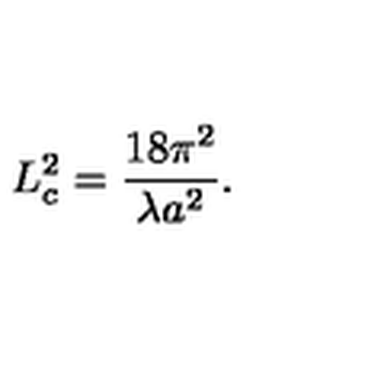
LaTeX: L _ { c } ^ { 2 } = \frac { 1 8 \pi ^ { 2 } } { \lambda a ^ { 2 } } .